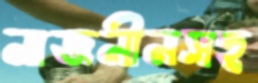
নাজনীনসহ